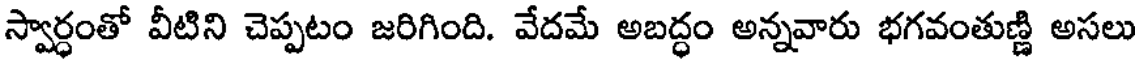
స్వార్ధంతో వీటిని చెప్పటం జరిగింది. వేదమే అబద్ధం అన్నవారు భగవంతుణ్ణి అసలు